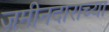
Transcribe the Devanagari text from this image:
जमीनदाराच्या